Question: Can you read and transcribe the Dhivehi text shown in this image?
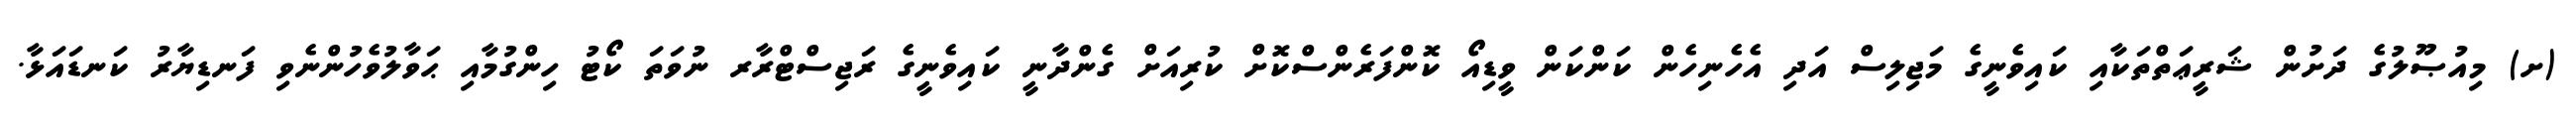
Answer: (ށ) މިއުޞޫލުގެ ދަށުން ޝަރީޢަތްތަކާއި ކައިވެނީގެ މަޖިލިސް އަދި އެހެނިހެން ކަންކަން ވީޑިއޯ ކޮންފަރެންސްކޮށް ކުރިއަށް ގެންދާނީ ކައިވެނީގެ ރަޖިސްޓްރާރ ނުވަތަ ކޯޓު ހިންގުމާއި ޙަވާލުވެހުންނެވި ފަނޑިޔާރު ކަނޑައަޅާ.